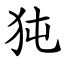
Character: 㹠